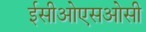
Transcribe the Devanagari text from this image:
ईसीओएसओसी